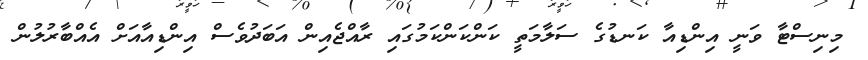
މިނިސްޓާ ވަނީ އިންޑިއާ ކަނޑުގެ ސަލާމަތީ ކަންކަންކަމުގައި ރާއްޖެއިން އަބަދުވެސް އިންޑިއާއަށް އެއްބާރުލުން